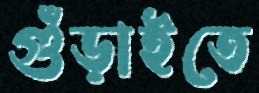
গুঁড়াইতে